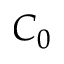
C _ { 0 }